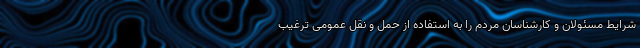
شرایط مسئولان و کارشناسان مردم را به استفاده از حمل و نقل عمومی ترغیب